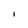
Character: I